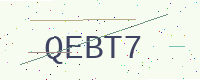
Text: QEBT7